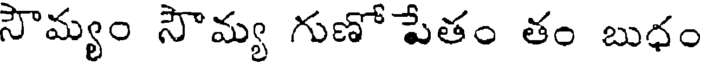
సౌమ్యం సౌమ్య గుణో పేతం తం బుధం